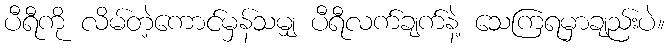
ပီရီကို လိမ်တဲ့ကောင်မှန်သမျှ ပီရီလက်ချက်နဲ့ သေကြရမှာချည်းပဲ။